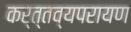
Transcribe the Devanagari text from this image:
कर्त्तव्यपरायण